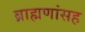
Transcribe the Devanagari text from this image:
ब्राह्मणांसह